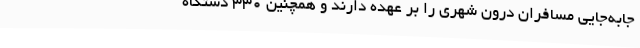
جابه‌جایی مسافران درون شهری را بر عهده دارند و همچنین 330 دستگاه